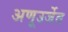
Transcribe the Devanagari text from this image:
अणूउर्जेत